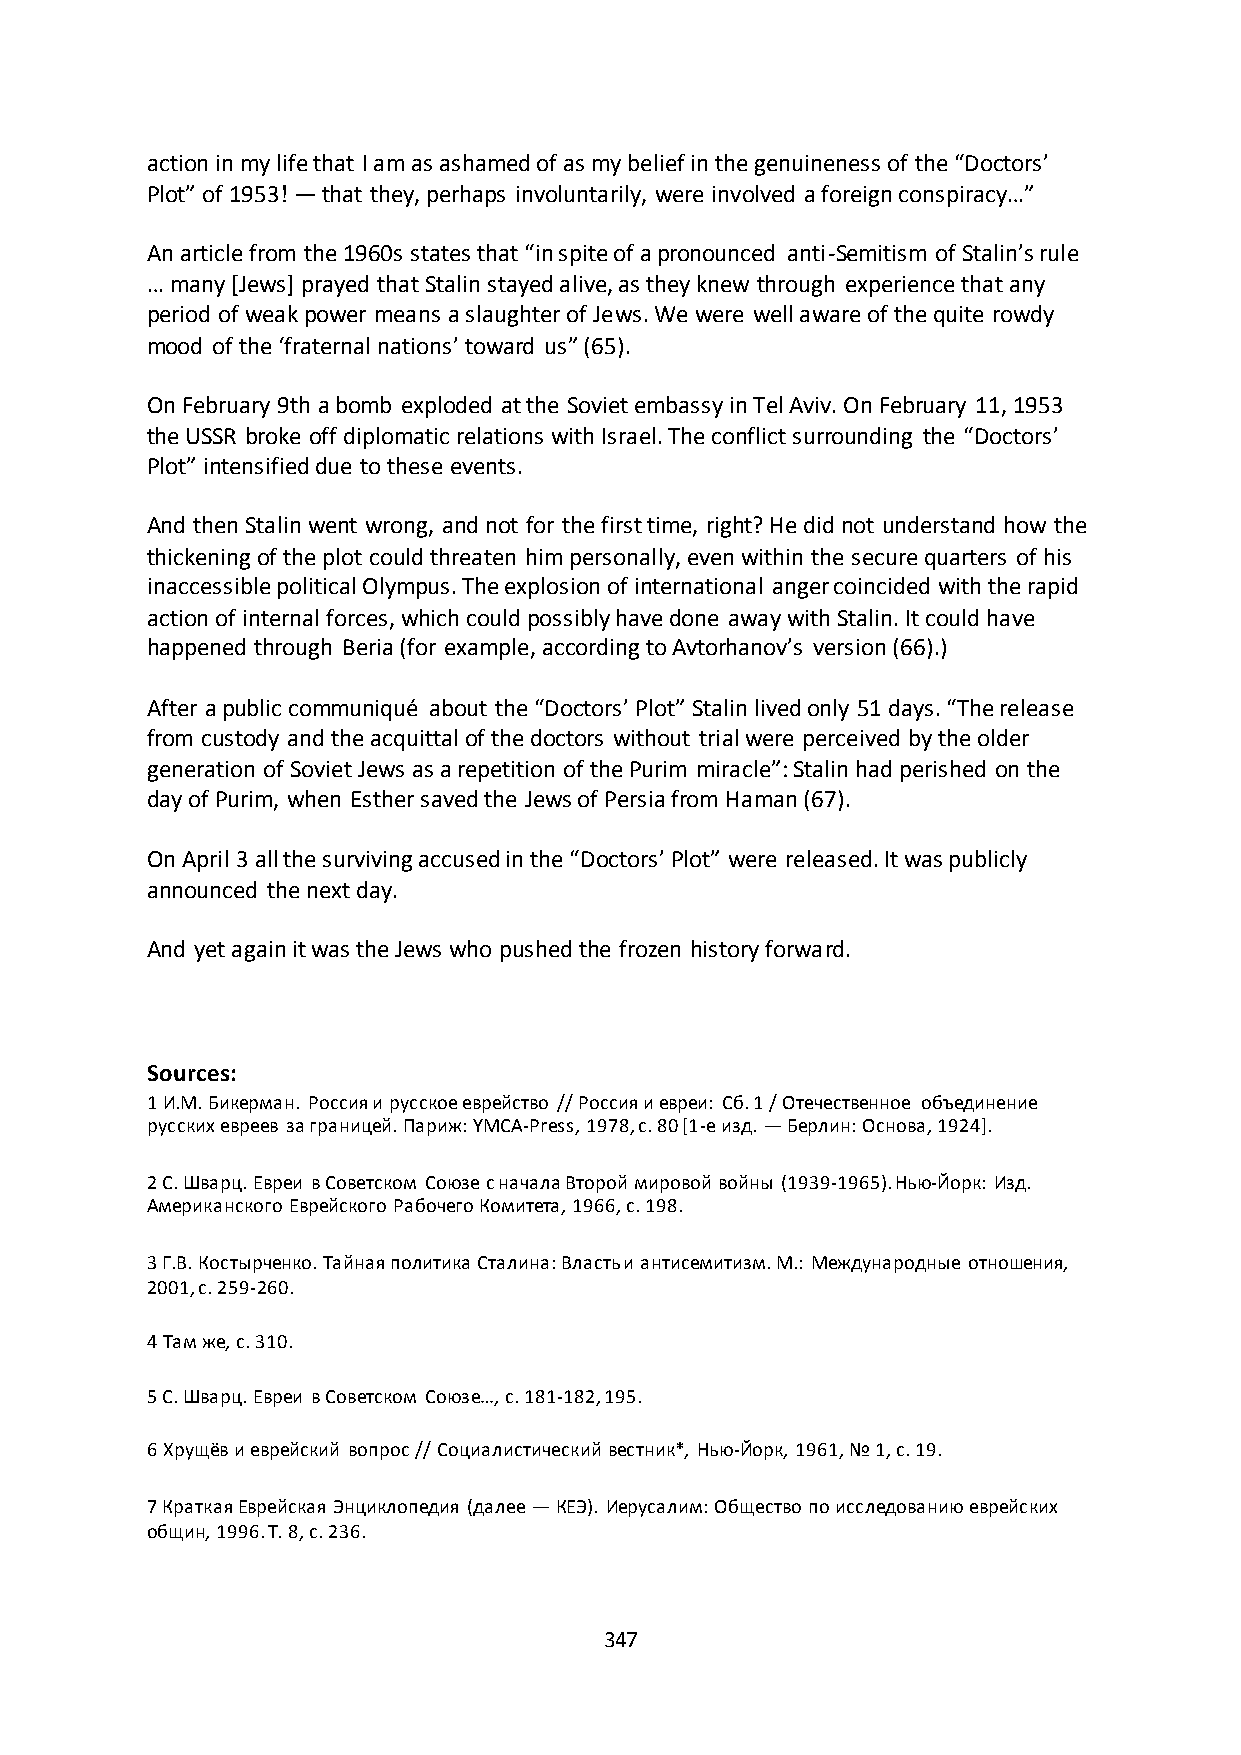
action in my life that I am as ashamed of as my belief in the genuineness of the “Doctors’
 Plot” of 1953! — that they, perhaps involuntarily, were involved a foreign conspiracy…”
 An article from the 1960s states that “in spite of a pronounced anti-Semitism of Stalin’s rule
 … many *Jews+ prayed that Stalin stayed alive, as they knew through experience that any
 period of weak power means a slaughter of Jews. We were well aware of the quite rowdy
 mood of the ‘fraternal nations’ toward us” (65).
 On February 9th a bomb exploded at the Soviet embassy in Tel Aviv. On February 11, 1953
 the USSR broke off diplomatic relations with Israel. The conflict surrounding the “Doctors’
 Plot” intensified due to these events.
 And then Stalin went wrong, and not for the first time, right? He did not understand how the
 thickening of the plot could threaten him personally, even within the secure quarters of his
 inaccessible political Olympus. The explosion of international anger coincided with the rapid
 action of internal forces, which could possibly have done away with Stalin. It could have
 happened through Beria (for example, according to Avtorhanov’s version (66).)
 After a public communiqué about the “Doctors’ Plot” Stalin lived only 51 days. “The release
 from custody and the acquittal of the doctors without trial were perceived by the older
 generation of Soviet Jews as a repetition of the Purim miracle”: Stalin had perished on the
 day of Purim, when Esther saved the Jews of Persia from Haman (67).
 On April 3 all the surviving accused in the “Doctors’ Plot” were released. It was publicly
 announced the next day.
 And yet again it was the Jews who pushed the frozen history forward.
 Sources:
 1 И.М. Бикерман. Россия и русское еврейство // Россия и евреи: Сб. 1 / Отечественное объединение
 русских евреев за границей. Париж: YMCA-Press, 1978, с. 80 *1-е изд. — Берлин: Основа, 1924+.
 2 С. Шварц. Евреи в Советском Союзе с начала Второй мировой войны (1939-1965). Нью-Йорк: Изд.
 Американского Еврейского Рабочего Комитета, 1966, с. 198.
 3 Г.В. Костырченко. Тайная политика Сталина: Власть и антисемитизм. М.: Международные отношения,
 2001, с. 259-260.
 4 Там же, с. 310.
 5 С. Шварц. Евреи в Советском Союзе…, с. 181-182, 195.
 6 Хрущёв и еврейский вопрос // Социалистический вестник*, Нью-Йорк, 1961, № 1, с. 19.
 7 Краткая Еврейская Энциклопедия (далее — КЕЭ). Иерусалим: Общество по исследованию еврейских
 общин, 1996. Т. 8, с. 236.
 347